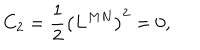
C _ { 2 } = \frac 1 2 \left( L ^ { M N } \right) ^ { 2 } = 0 ,